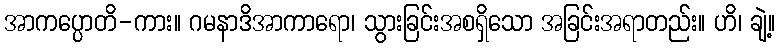
အာကပ္ပောတိ-ကား။ ဂမနာဒိအာကာရော၊ သွားခြင်းအစရှိသော အခြင်းအရာတည်း။ ဟိ၊ ချဲ့။